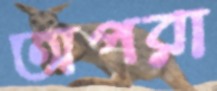
অপরা